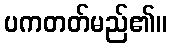
ပကတတ်မည်၏။